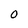
Character: O